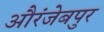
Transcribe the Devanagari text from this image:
औरंजेबपुर